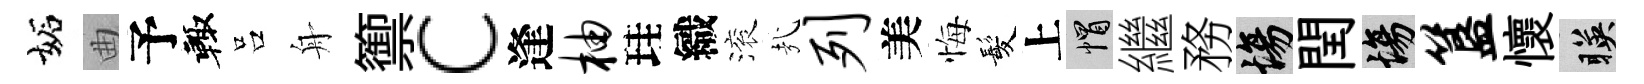
妬曲予輙吕舟籞c逢柚珪織滚㢤列美悔髪上帽繼務場閏場簋懷暎